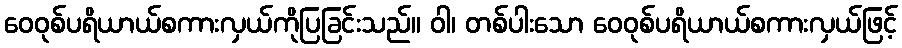
ဝေဝုစ်ပရိယာယ်စကားလှယ်ကိုပြခြင်းသည်။ ဝါ၊ တစ်ပါးသော ဝေဝုစ်ပရိယာယ်စကားလှယ်ဖြင့်